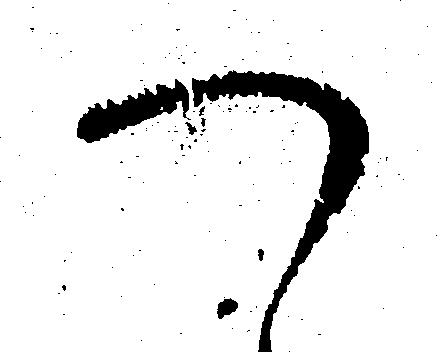
つ